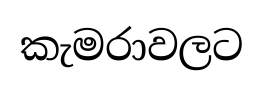
කැමරාවලට